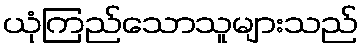
ယုံကြည်သောသူများသည်